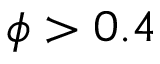
\phi > 0 . 4